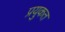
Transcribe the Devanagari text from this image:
प्रयुकत